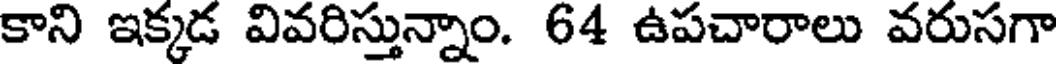
కాని ఇక్కడ వివరిస్తున్నాం. 64 ఉపచారాలు వరుసగా